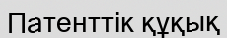
Патенттік құқық